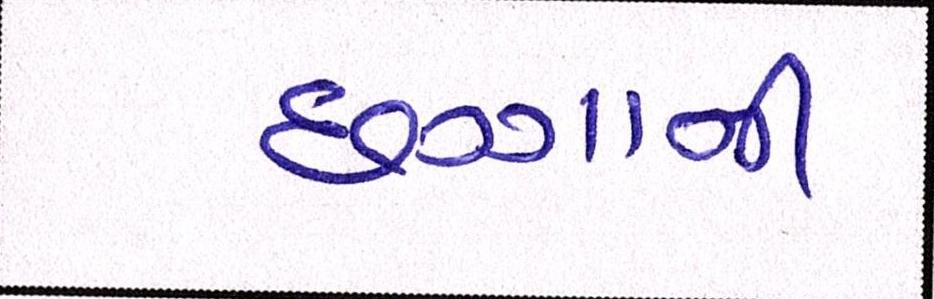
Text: છગ્ગાની